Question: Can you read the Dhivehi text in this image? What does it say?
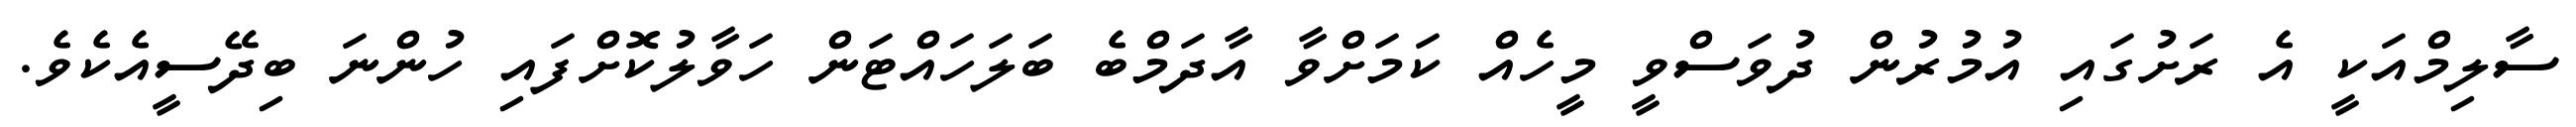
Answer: ސާލިމްއަކީ އެ ރަށުގައި އުމުރުން ދުވަސްވީ މީހެއް ކަމަށްވާ އާދަމްބެ ބަލަހައްޓަން ހަވާލުކޮށްފައި ހުންނަ ބިދޭސީއެކެވެ.